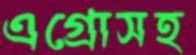
এগ্রোসহ